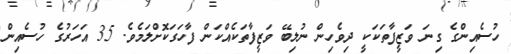
ހުސެއިންގެ ގިނަ ވަޒީފާތަކަކީ ދިވެހިން ނުލިބޭ ވަޒީފާތަކެއްކަން ފާހަގަކޮށްލަމެވެ. 35 އަހަރުގެ ހުސެއިން